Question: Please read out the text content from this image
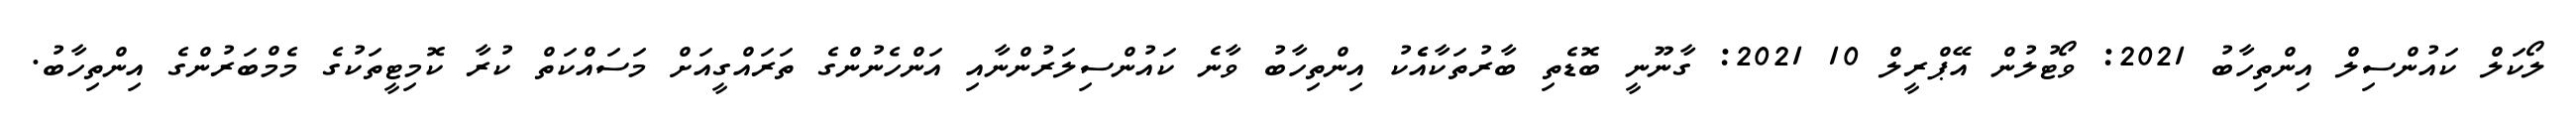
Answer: ލޯކަލް ކައުންސިލް އިންތިހާބު 2021: ވޯޓުލުން އޭޕްރީލް 10 2021: ގާނޫނީ ބޮޑެތި ބާރުތަކާއެެކު އިންތިހާބު ވާނެ ކައުންސިލަރުންނާއި އަންހެނުންގެ ތަރައްގީއަށް މަސައްކަތް ކުރާ ކޮމިޓީތަކުގެ މެމްބަރުންގެ އިންތިހާބު.